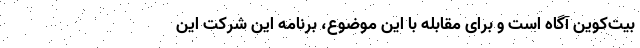
بیت‌کوین آگاه است و برای مقابله با این موضوع، برنامه این شرکت این